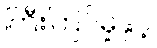
ကြီးကြပ်မှုနှင့်